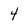
Character: 4